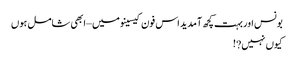
بونس اور بہت کچھ آمدید اس فون کیسینو میں – ابھی شامل ہوں
کیوں نہیں?!